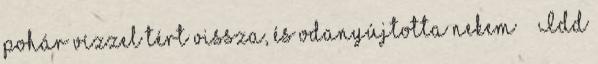
pohár vízzel tért vissza, és odanyújtotta nekem – „Idd